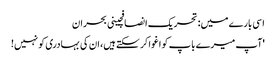
اسی بارے میں: تحریک انصافچینی بحران
'آپ میرے باپ کو اغوا کر سکتے ہیں، ان کی بہادری کو نہیں!